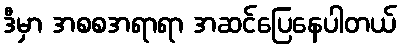
ဒီမှာ အစစအရာရာ အဆင်ပြေနေပါတယ်